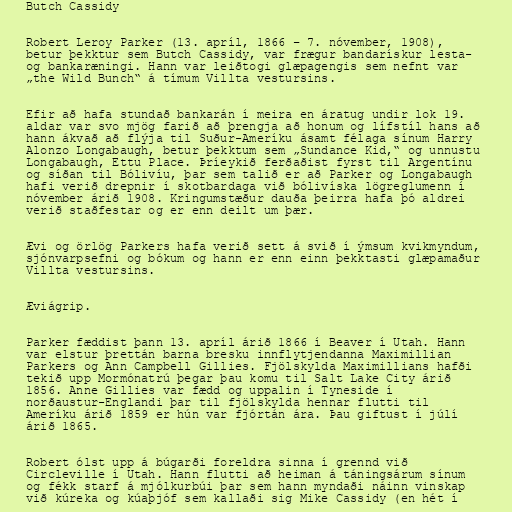
Butch Cassidy

Robert Leroy Parker (13. apríl, 1866 – 7. nóvember, 1908),
betur þekktur sem Butch Cassidy, var frægur bandarískur lesta-
og bankaræningi. Hann var leiðtogi glæpagengis sem nefnt var
„the Wild Bunch“ á tímum Villta vestursins.

Efir að hafa stundað bankarán í meira en áratug undir lok 19.
aldar var svo mjög farið að þrengja að honum og lífstíl hans að
hann ákvað að flýja til Suður-Ameríku ásamt félaga sínum Harry
Alonzo Longabaugh, betur þekktum sem „Sundance Kid,“ og unnustu
Longabaugh, Ettu Place. Þríeykið ferðaðist fyrst til Argentínu
og síðan til Bólivíu, þar sem talið er að Parker og Longabaugh
hafi verið drepnir í skotbardaga við bólivíska lögreglumenn í
nóvember árið 1908. Kringumstæður dauða þeirra hafa þó aldrei
verið staðfestar og er enn deilt um þær.

Ævi og örlög Parkers hafa verið sett á svið í ýmsum kvikmyndum,
sjónvarpsefni og bókum og hann er enn einn þekktasti glæpamaður
Villta vestursins.

Æviágrip.

Parker fæddist þann 13. apríl árið 1866 í Beaver í Utah. Hann
var elstur þrettán barna bresku innflytjendanna Maximillian
Parkers og Ann Campbell Gillies. Fjölskylda Maximillians hafði
tekið upp Mormónatrú þegar þau komu til Salt Lake City árið
1856. Anne Gillies var fædd og uppalin í Tyneside í
norðaustur-Englandi þar til fjölskylda hennar flutti til
Ameríku árið 1859 er hún var fjórtán ára. Þau giftust í júlí
árið 1865.

Robert ólst upp á búgarði foreldra sinna í grennd við
Circleville í Utah. Hann flutti að heiman á táningsárum sínum
og fékk starf á mjólkurbúi þar sem hann myndaði náinn vinskap
við kúreka og kúaþjóf sem kallaði sig Mike Cassidy (en hét í